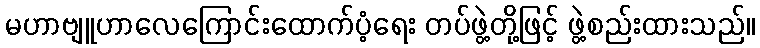
မဟာဗျူဟာလေကြောင်းထောက်ပံ့ရေး တပ်ဖွဲ့တို့ဖြင့် ဖွဲ့စည်းထားသည်။